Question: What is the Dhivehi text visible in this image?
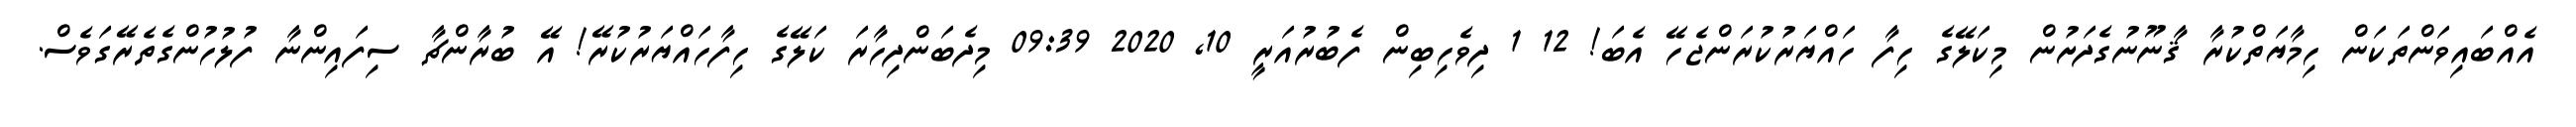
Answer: އެއްބައިވަންތަކަން ހިމާޔަތްކުރާ ޤާނޫނުގެދަށުން މިކަލޭގެ ހިފާ ހައްޔަރުކުރަންޖެހޭ އެބަ! 12 1 ދިވެހިބިން ފެބުރުއަރީ 10, 2020 09:39 މިދެބަންދިހާރަ ކަލޭގެ ހިފާހައްޔަރުކުރޭ! އޭ ބުރާންޗާ ސިފައިންނާ ފުލުހުންގެތެރޭގަވެސް.